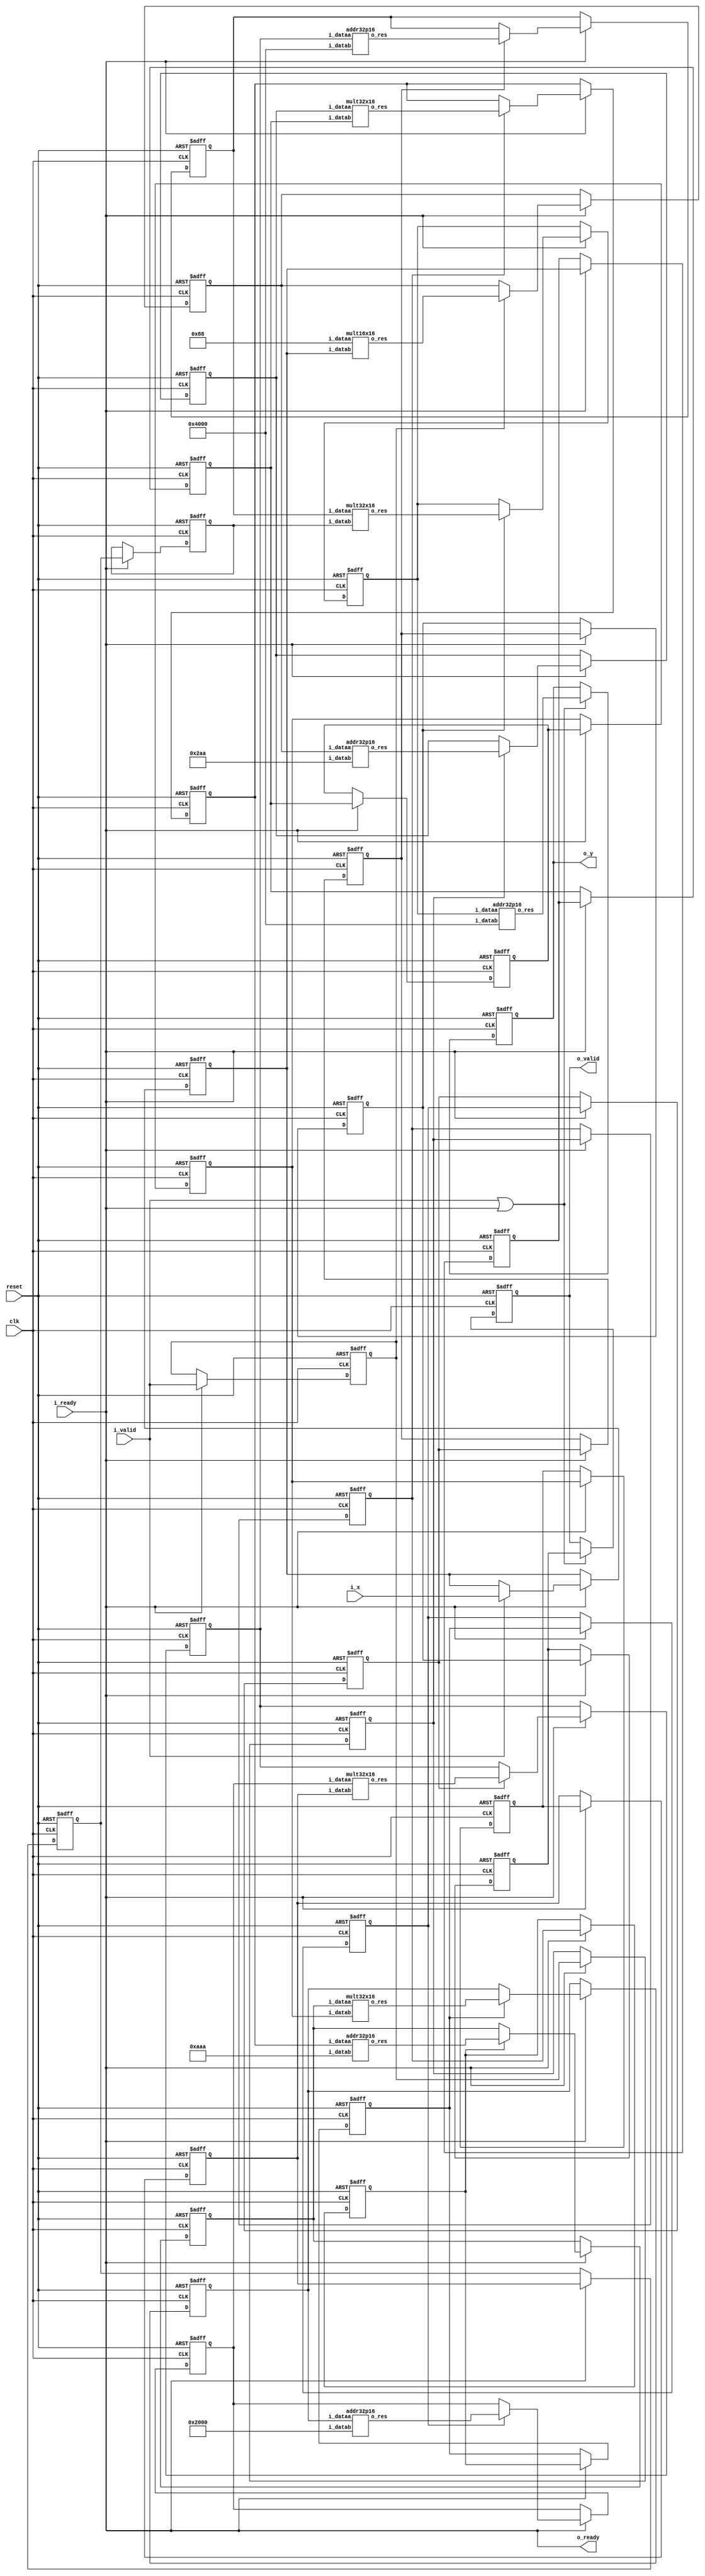
module lab1 #
(
	parameter WIDTHIN = 16,		// Input format is Q2.14 (2 integer bits + 14 fractional bits = 16 bits)
	parameter WIDTHOUT = 32,    // Intermediate/Output format is Q7.25 (7 integer bits + 25 fractional bits = 32 bits)
    parameter WIDTHIN_INT = 32,	
	// Taylor coefficients for the first five terms in Q2.14 format
	parameter [WIDTHIN-1:0] A0 = 16'b01_00000000000000, // a0 = 1
	parameter [WIDTHIN-1:0] A1 = 16'b01_00000000000000, // a1 = 1
	parameter [WIDTHIN-1:0] A2 = 16'b00_10000000000000, // a2 = 1/2
	parameter [WIDTHIN-1:0] A3 = 16'b00_00101010101010, // a3 = 1/6
	parameter [WIDTHIN-1:0] A4 = 16'b00_00001010101010, // a4 = 1/24
	parameter [WIDTHIN-1:0] A5 = 16'b00_00000010001000  // a5 = 1/120
)
(
	input clk,
	input reset,	
	
	input i_valid,
	input i_ready,
	output reg o_valid,
	output o_ready,
	
	input [WIDTHIN-1:0] i_x,
	output reg [WIDTHOUT-1:0] o_y
);

/************************************************************CONTENTS****************************************************************

SECTIONS                                                                                                    LINE NUMBERS

I.      CODE DESCRIPTION                                                                                    .....       51                                                       

II.     SIGNAL DECLARATION                                                                                  .....       65 

III.    INPUT X PROPOGATION                                                                                 .....       97

IV.     MODULE INSTATIATIONS                                                                                .....      150

V.      DATA PROPOGATION                                                                                    .....      185

VI.     VALID SIGNAL PROPOGATION                                                                            .....      230

VII.    OUTPUT MANAGEMENT                                                                                   .....      274

VIII.   FIXED POINT MULTIPLICATION AND ADDITION IMPLEMENTATION                                              .....      314

IX.     SUMMARY                                                                                             .....      382                                

**************************************************************************************************************************************/

/***********************************************************CODE DESCRIPTION**********************************************************

*   The verilog module is designed to compute Taylor series Expansion using fixed point arthematic. 
*   The Taylor Series is implemented for first 5 terms.
*   The module takes a 16-bit fixed-point input i_x in Q2.14 format. 
*   This input represents the variable part of the Taylor series expansion. Alongside i_x, the module receives
    i_valid and i_ready signals to manage the data flow.
*   10 Stage pipeline is used for maximum throughput. i.e. We made every operation (multiplication or Addition as 1 stage each)
*   Input i_x is propogated using a series of registers, a delay of 2 cycle is added to match the timing of input a to every multiplier.
*   Dedicated modules of multiplicatoin and addition are defined.
*   Output is managed via o_ready and i_valid (which are according to test cases mentioned in testbench.)

**************************************************************************************************************************************/

/************************************************************SIGNAL DECLERATION*******************************************************/

wire [WIDTHOUT-1:0] m0_out; // A5 * x
wire [WIDTHOUT-1:0] a0_out; // A5 * x + A4
wire [WIDTHOUT-1:0] m1_out; // (A5 * x + A4) * x
wire [WIDTHOUT-1:0] a1_out; // (A5 * x + A4) * x + A3
wire [WIDTHOUT-1:0] m2_out; // ((A5 * x + A4) * x + A3) * x
wire [WIDTHOUT-1:0] a2_out; // ((A5 * x + A4) * x + A3) * x + A2
wire [WIDTHOUT-1:0] m3_out; // (((A5 * x + A4) * x + A3) * x + A2) * x
wire [WIDTHOUT-1:0] a3_out; // (((A5 * x + A4) * x + A3) * x + A2) * x + A1
wire [WIDTHOUT-1:0] m4_out; // ((((A5 * x + A4) * x + A3) * x + A2) * x + A1) * x
wire [WIDTHOUT-1:0] a4_out; // ((((A5 * x + A4) * x + A3) * x + A2) * x + A1) * x + A0


reg [WIDTHIN-1:0] pipeline_x1; // For propogating i_x to first pipeline stage

reg [WIDTHIN-1:0] pipeline_x2i, pipeline_x2, pipeline_x3i, pipeline_x3; // For propogating i_x to subsequwnt pipeline stage
reg [WIDTHIN-1:0] pipeline_x4i, pipeline_x4, pipeline_x5i, pipeline_x5; // See Description Section II for further insights

reg stage1_valid_in; // Propogating valid_in signal to Stage 1 of our pipeline
// Stage1_data_out to stage_10_data_out are registers to hold output from every pipeline stage
reg [WIDTHOUT-1:0] stage1_data_out, stage2_data_out, stage3_data_out, stage4_data_out, stage5_data_out;
reg [WIDTHOUT-1:0] stage6_data_out,stage7_data_out, stage8_data_out, stage9_data_out;

// Valid signals to propogate on every pipeline stage 
reg stage2_valid_out, stage3_valid_out, stage4_valid_out, stage5_valid_out;
reg stage6_valid_out, stage7_valid_out, stage8_valid_out, stage9_valid_out, stage10_valid_out;

reg enable;

/*************************************************************************************************************************************/

/**********************************************************INPUT X PROPOGATION********************************************************/

/************************************************************************

We are using a set of registers to address the delay caused by adding 
two registers after every output of the computational unit , so in
order to match the timing for when both the inputs should arrive 
at the input of next multiplier we need to add a 2 cycle delay to the 
input x to the next stage multiplier.
***********************************************************************/

always @(posedge clk or posedge reset) begin
    if (reset) begin
        
        pipeline_x1 <= 0;
        //
        pipeline_x2i <= 0;
        pipeline_x2 <= 0;
        //
        pipeline_x3i <= 0;
        pipeline_x3 <= 0;
        //
        pipeline_x4i <= 0;
        pipeline_x4 <= 0;
        //
        pipeline_x5i <= 0;
        pipeline_x5 <= 0;
        

    end else if (enable)begin
        // 1st stage: pipeline_x1 input in 1st multiplier through input register
        if(i_valid) pipeline_x1 <= i_x;

        // 2nd stage: i_x propogated to next pair of multiplier adder
        pipeline_x2i <= pipeline_x1;
        pipeline_x2 <= pipeline_x2i;

        // 3rd stage: i_x propogated to next pair of multiplier adder
        pipeline_x3i <= pipeline_x2;
        pipeline_x3 <= pipeline_x3i;

        // 4th stage: i_x propogated to next pair of multiplier adder
        pipeline_x4i <= pipeline_x3;
        pipeline_x4 <= pipeline_x4i;

        // 5th stage: i_x propogated to final pair of multiplier adder
        pipeline_x5i <= pipeline_x4;
        pipeline_x5 <= pipeline_x5i;
    end 
end

/**************************************************************************************************************************************/

/************************************************************MODULE INSTANTIATIONS*****************************************************/

/****************************************************************************

    In this section we are instatiating modules which are defined in the 
    "FIXED POINT MULTIPLICATION AND ADDITION IMPLEMENTATION" section.
    The design thoughtfully stitches together a sequence of multiplier 
    and adder modules, each tailored for fixed-point arithmetic, 
    to methodically build up the Taylor series result through successive
    operations.

    We begin with Mult0, a mult16x16 module, that multiplies the input
    i_x with the Taylor coefficient A5, laying down the first layer of 
    computation. This result is then gracefully passed on to Addr0, an 
    addr32p16 module, where it's added to A4, weaving the second term 
    of the series into the fabric of our computation.
*****************************************************************************/

mult16x16 Mult0 (.i_dataa(A5), 		.i_datab(pipeline_x1), 	.o_res(m0_out));
addr32p16 Addr0 (.i_dataa(stage1_data_out), 	.i_datab(A4), 	.o_res(a0_out));

mult32x16 Mult1 (.i_dataa(stage2_data_out), 	.i_datab(pipeline_x2), 	.o_res(m1_out));
addr32p16 Addr1 (.i_dataa(stage3_data_out), 	.i_datab(A3), 	.o_res(a1_out));

mult32x16 Mult2 (.i_dataa(stage4_data_out), 	.i_datab(pipeline_x3), 	.o_res(m2_out));
addr32p16 Addr2 (.i_dataa(stage5_data_out), 	.i_datab(A2), 	.o_res(a2_out));

mult32x16 Mult3 (.i_dataa(stage6_data_out), 	.i_datab(pipeline_x4), 	.o_res(m3_out));
addr32p16 Addr3 (.i_dataa(stage7_data_out), 	.i_datab(A1), 	.o_res(a3_out));

mult32x16 Mult4 (.i_dataa(stage8_data_out), 	.i_datab(pipeline_x5), 	.o_res(m4_out));
addr32p16 Addr4 (.i_dataa(stage9_data_out), 	.i_datab(A0), 	.o_res(a4_out));

/**************************************************************************************************************************************/

/***********************************************************DATA PROPOGATION***********************************************************/

/***************************************************************************************

    The "Data Propagation" section ensures a smooth transition of computed results 
    through the pipeline's stages. By employing registers at the output of each 
    computational stage, this section effectively implements a pipeline architecture
    that's key to achieving high throughput in digital design, particularly for 
    complex computations like the Taylor series expansion.

    When the system undergoes a reset, all the data output registers are cleared to
    zero, ensuring that no residual data from previous computations can interfere
    with new operations. 

    As the pipeline becomes enabled, data from the outputs of multiplier and adder
    modules begins to flow through the pipeline. The use of conditional statements
    tied to the valid signals (stageX_valid_out) ensures that data is only p
    ropagated when it's valid, aligning with the valid signal propagation mechanism
    to maintain data integrity and synchronization across the pipeline.
*****************************************************************************************/
always@(posedge clk or posedge reset)begin
    if(reset)begin
        stage1_data_out <= 0;
        stage2_data_out <= 0;
        stage3_data_out <= 0;
        stage4_data_out <= 0;
        stage5_data_out <= 0;
        stage6_data_out <= 0;
        stage7_data_out <= 0;
        stage8_data_out <= 0;
        stage9_data_out <= 0;
    end else if(enable)begin
        if(stage1_valid_in)  stage1_data_out <= m0_out;
        if(stage2_valid_out) stage2_data_out <= a0_out;
        if(stage3_valid_out) stage3_data_out <= m1_out;
        if(stage4_valid_out) stage4_data_out <= a1_out;
        if(stage5_valid_out) stage5_data_out <= m2_out;
        if(stage6_valid_out) stage6_data_out <= a2_out;
        if(stage7_valid_out) stage7_data_out <= m3_out;
        if(stage8_valid_out) stage8_data_out <= a3_out;
        if(stage9_valid_out) stage9_data_out <= m4_out;
    end
end 
/**************************************************************************************************************************************/

/**********************************************************VALID SIGNAL PROPOGATION****************************************************/

/************************************************************************************

    This section ensures the integrity and synchronization of data as it flows
    through the pipeline stages. This section meticulously manages the propagatio
    n of valid signals, which are essential for indicating when the data at each s
    tage of the pipeline is ready to be used or passed on to the next stage.

    When the system is reset, all valid signals are cleared to 0, ensuring a 
    clean slate and preventing any stale data from being processed. As the 
    pipeline begins operation, the valid signal from the input (i_valid) is 
    captured and propagated through the pipeline stages, effectively shadowing 
    the data path.
************************************************************************************/

always @(posedge clk or posedge reset)begin
    if(reset)begin
        stage1_valid_in <= 0;
        stage2_valid_out <= 0;
        stage3_valid_out <= 0;
        stage4_valid_out <= 0;
        stage5_valid_out <= 0;
        stage6_valid_out <= 0;
        stage7_valid_out <= 0;
        stage8_valid_out <= 0;
        stage9_valid_out <= 0;
        stage10_valid_out <= 0;
    end else if(enable)begin
        stage1_valid_in <= i_valid;
        stage2_valid_out <= stage1_valid_in;
        stage3_valid_out <= stage2_valid_out;
        stage4_valid_out <= stage3_valid_out;
        stage5_valid_out <= stage4_valid_out;
        stage6_valid_out <= stage5_valid_out;
        stage7_valid_out <= stage6_valid_out;
        stage8_valid_out <= stage7_valid_out;
        stage9_valid_out <= stage8_valid_out;
        stage10_valid_out <= stage9_valid_out;
    end
end

/**************************************************************************************************************************************/

/*******************************************************OUTPUT MANAGEMENT**************************************************************/

/******************************************************************************************************

    This section of the lab1 module seamlessly orchestrates the final act of delivering the Taylor
    series computation to the external world, with meticulous timing governed by i_valid and i_ready
    signals. It's here that the module's diligent internal computations find their way out, with 
    the enable signal acting as a gatekeeper, ensuring data flows only when the receiver is ready.
    
    This careful synchronization not only prevents data loss but also harmonizes the module's output 
    with the broader system it's a part of, making the output management a critical bridge between 
    complex internal processes and the module's external environment.
*******************************************************************************************************/


// Combinational logic
always @* begin
	// signal for enable
	enable = i_ready;
end

//  We are managing the final output acc ording to the valid status signals which are propogated in our pipeline.
// So stage10_data_out is our final valid signal which if true we are giving the value of output from our 10th satge 
// of our pipeline to our output port o_y
always @(posedge clk or posedge reset) begin
    if (reset) begin
        o_y <= 0;
        o_valid <= 0;
    end else if (i_valid || o_ready) begin
        o_y <= a4_out; // Update output with the last stage's data
        o_valid <= stage10_valid_out; // Set output valid when last stage is valid
    end
end

// i_ready is directly assigned to o_ready.
assign o_ready = i_ready; 

endmodule
/**************************************************************************************************************************************/

/***************************************FIXED POINT MULTIPLICATION AND ADDITION IMPLEMENTATION ****************************************/

/**************************************************************************************************************

    This section introduces the foundational building blocks for fixed-point arithmetic operations,
    crucial for the Taylor series computation. The mult16x16 module kicks off the process, adeptly 
    handling the initial multiplication with 16-bit inputs, ensuring the results are scaled correctly
    into the Q7.25 format. This precision is maintained as the baton is passed to the mult32x16 modules,
    which further process the series by accommodating 32-bit and 16-bit multiplications, carefully 
    adjusting the format to maintain accuracy. The addr32p16 module then steps in, gracefully aligning 
    and adding  16-bit coefficients to the 32-bit results, a critical step for accumulating the series sum. 
****************************************************************************************************************/

// Multiplier module for the first 16x16 multiplication
module mult16x16 (
	input  [15:0] i_dataa,
	input  [15:0] i_datab,
	output [31:0] o_res
);

reg [31:0] result;

always @ (*) begin
	result = i_dataa * i_datab;
end

// The result of Q2.14 x Q2.14 is in the Q4.28 format. Therefore we need to change it
// to the Q7.25 format specified in the assignment by shifting right and padding with zeros.
assign o_res = {3'b000, result[31:3]};

endmodule

/*******************************************************************************************/

// Multiplier module for all the remaining 32x16 multiplications
module mult32x16 (
	input  [31:0] i_dataa,
	input  [15:0] i_datab,
	output [31:0] o_res
);

reg [47:0] result;

always @ (*) begin
	result = i_dataa * i_datab;
end

// The result of Q7.25 x Q2.14 is in the Q9.39 format. Therefore we need to change it
// to the Q7.25 format specified in the assignment by selecting the appropriate bits
// (i.e. dropping the most-significant 2 bits and least-significant 14 bits).
assign o_res = result[45:14];

endmodule

/*******************************************************************************************/

// Adder module for all the 32b+16b addition operations 
module addr32p16 (
	input [31:0] i_dataa,
	input [15:0] i_datab,
	output [31:0] o_res
);

// The 16-bit Q2.14 input needs to be aligned with the 32-bit Q7.25 input by zero padding
assign o_res = i_dataa + {5'b00000, i_datab, 11'b00000000000};

endmodule

/***************************************************************SUMMARY*********************************************************************/
/*
    The module stands out as a brilliantly designed piece of Verilog code, artfully capturing the essence of high-throughput Taylor series 
    computations with its meticulously crafted 10-stage pipeline architecture. At its heart, the module's genius lies in its 
    modular approach, incorporating specialized arithmetic units fine-tuned for fixed-point math, ensuring precision and efficiency. 
    This thoughtful design not only promises speed but also brings an admirable level of clarity and adaptability to the table, making 
    it a perfect fit for applications demanding real-time processing prowess. Whether it's navigating the complexities of digital signal 
    processing or crunching numbers in computational finance, the lab1 module is a testament to the elegant harmony of form and function 
    in digital design.
*/
/*******************************************************************************************************************************************/